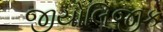
જીયોલિજીક